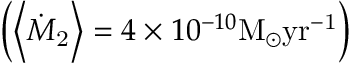
\left( \left< \dot { M } _ { \mathrm { 2 } } \right> = 4 \times 1 0 ^ { - 1 0 } \mathrm { { M } _ { \odot } \mathrm { { y r } ^ { - 1 } } } \right)